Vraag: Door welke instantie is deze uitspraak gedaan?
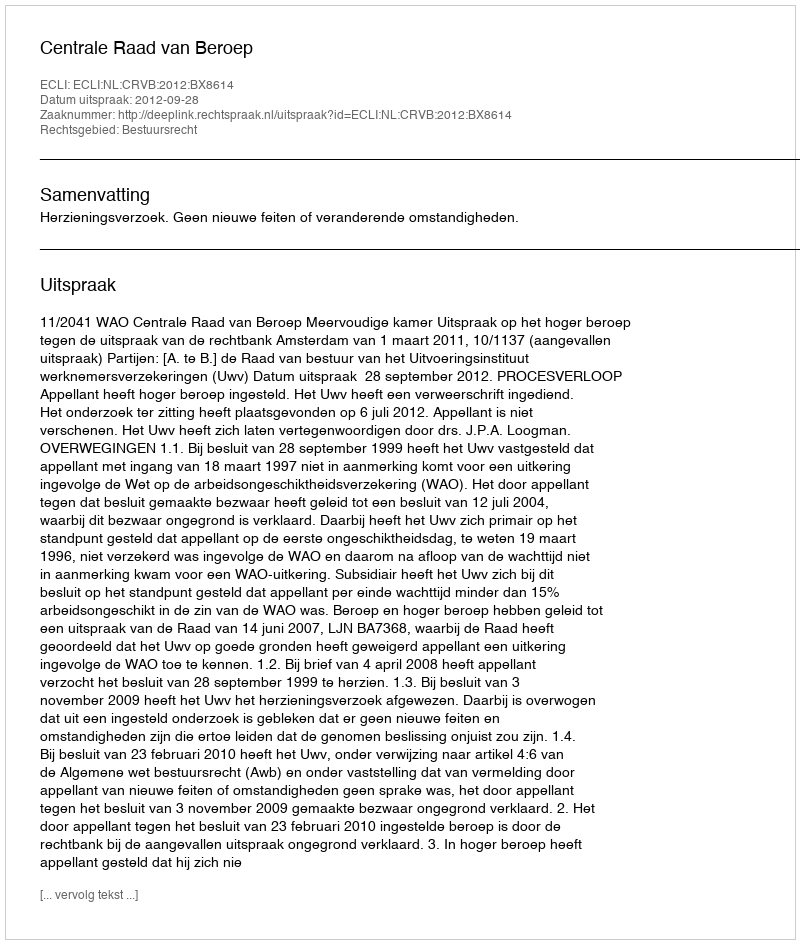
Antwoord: Centrale Raad van Beroep